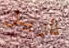
داريل